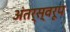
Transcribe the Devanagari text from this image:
अंतर्स्वरूप